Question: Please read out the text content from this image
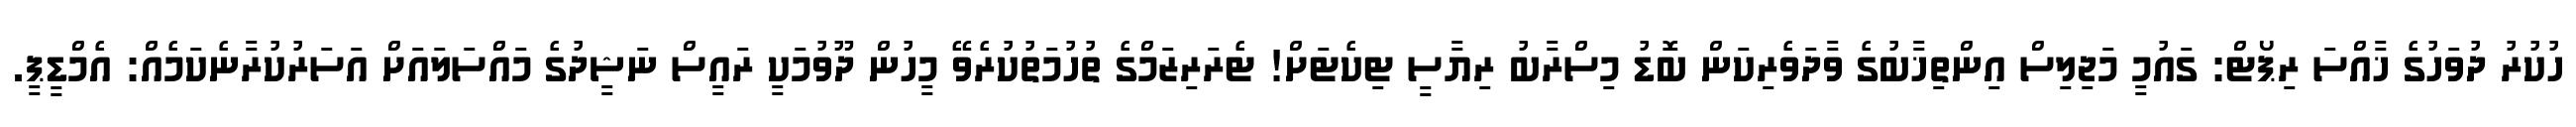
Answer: ހުކުރު ދުވަހުގެ ޚާއްސަ ރިޕޯޓް: ގައުމީ މަޖިލިސް އިންތިޚާބުގެ ވާދަވެރިކަން ބޮޑު މިސްރާބު ރިޔާސީ ޓިކެޓަށް! ޓެރަރިޒަމްގެ ތުހުމަތުކުރެވޭ މީހުން ދޫވުމަކީ ރައީސް ނަޝީދުގެ މައްސަލައަށް އަސަރުކުރާނެކަމެއް: އެމްޑީޕީ.